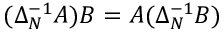
( \Delta _ { N } ^ { - 1 } A ) B = A ( \Delta _ { N } ^ { - 1 } B )